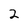
Character: 2